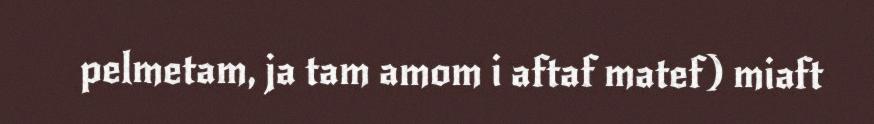
pelmetam, ja tam amom i aftaf matef) miaft